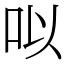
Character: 㕽